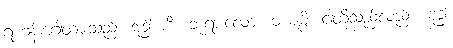
ရဟန်းဂေါတမသည်။ ဗုဒ္ဓါ ကိံ၊ ဘုရားလော။ မယမ္ပိ၊ ငါတို့သည်လည်း။ ဗုဒ္ဓါ၊